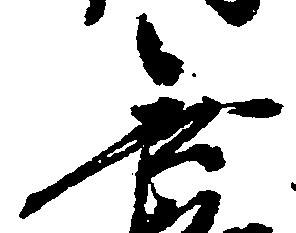
無